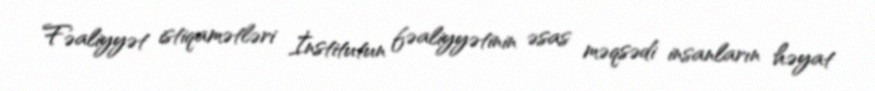
Fəaliyyət istiqamətləri İnstitutun fəaliyyətinin əsas məqsədi insanların həyat